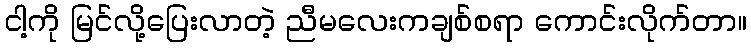
ငါ့ကို မြင်လို့ပြေးလာတဲ့ ညီမလေးကချစ်စရာ ကောင်းလိုက်တာ။